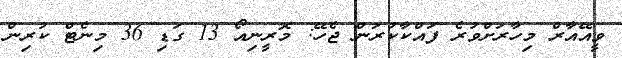
ވީއޭއާރް މިހާރަށްވުރެ ފައްކާކުރަން ޖެހޭ: މޮރީނިއޯ 13 ގަޑި 36 މިނެޓް ކުރިން